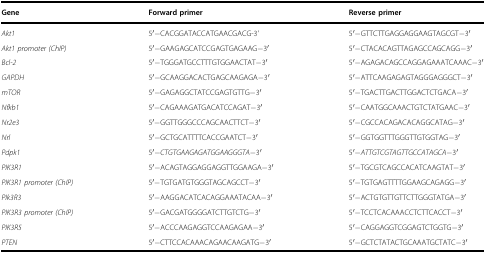
<table><thead><tr><td><b>Gene</b></td><td><b>Forward primer</b></td><td><b>Reverse primer</b></td></tr></thead><tbody><tr><td><i>Akt1</i></td><td>5′−CACGGATACCATGAACGACG-3&#x27;</td><td>5′−GTTCTTGAGGAGGAAGTAGCGT−3′</td></tr><tr><td><i>Akt1 promoter (ChIP)</i></td><td>5′−GAAGAGCATCCGAGTGAGAAG−3′</td><td>5′−CTACACAGTTAGAGCCAGCAGG−3′</td></tr><tr><td><i>Bcl-2</i></td><td>5′−TGGGATGCCTTTGTGGAACTAT−3′</td><td>5′−AGAGACAGCCAGGAGAAATCAAAC−3′</td></tr><tr><td><i>GAPDH</i></td><td>5′−GCAAGGACACTGAGCAAGAGA−3′</td><td>5′−ATTCAAGAGAGTAGGGAGGGCT−3′</td></tr><tr><td><i>mTOR</i></td><td>5′−GAGAGGCTATCCGAGTGTTG−3′</td><td>5′−TGACTTGACTTGGACTCTGACA−3′</td></tr><tr><td><i>Nfkb1</i></td><td>5′−CAGAAAGATGACATCCAGAT−3′</td><td>5′−CAATGGCAAACTGTCTATGAAC−3′</td></tr><tr><td><i>Nr2e3</i></td><td>5′−GGTTGGGCCCAGCAACTTCT−3′</td><td>5′−CGCCACAGACACAGGCATAG−3′</td></tr><tr><td><i>Nrl</i></td><td>5′−GCTGCATTTTCACCGAATCT−3′</td><td>5′−GGTGGTTTGGGTTGTGGTAG−3′</td></tr><tr><td><i>Pdpk1</i></td><td>5′−<i>CTGTGAAGAGATGGAAGGGTA</i>−3′</td><td>5′−<i>ATTGTCGTAGTTGCCATAGCA</i>−3′</td></tr><tr><td><i>PIK3R1</i></td><td>5′−ACAGTAGGAGGAGGTTGGAAGA−3′</td><td>5′−TGCGTCAGCCACATCAAGTAT−3′</td></tr><tr><td><i>PIK3R1 promoter (ChIP)</i></td><td>5′−TGTGATGTGGGTAGCAGCCT−3′</td><td>5′−TGTGAGTTTTGGAAGCAGAGG−3′</td></tr><tr><td><i>PIk3R3</i></td><td>5′−AAGGACATCACAGGAAATACAA−3′</td><td>5′−ACTGTGTTGTTCTTGGGTATGA−3′</td></tr><tr><td><i>PIK3R3 promoter (ChIP)</i></td><td>5′−GACGATGGGGATCTTGTCTG−3′</td><td>5′−TCCTCACAAACCTCTTCACCT−3′</td></tr><tr><td><i>PIK3R5</i></td><td>5′−ACCCAAGAGGTCCAAGAGAA−3′</td><td>5′−CAGGAGGTCGGAGTCTGGTG−3′</td></tr><tr><td><i>PTEN</i></td><td>5′−CTTCCACAAACAGAACAAGATG−3′</td><td>5′−GCTCTATACTGCAAATGCTATC−3′</td></tr></tbody></table>